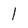
Character: l